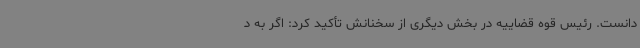
دانست. رئیس قوه قضاییه در بخش دیگری از سخنانش تأکید کرد: اگر به د